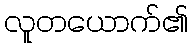
လူတယောက်၏